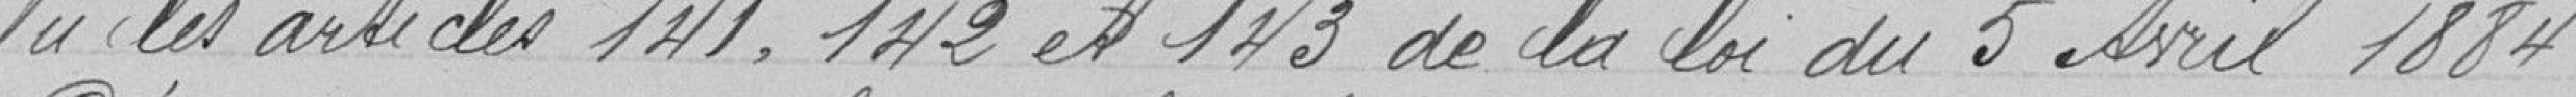
Vu les articles 141, 142 et 143 de la loi du 5 avril 1884